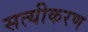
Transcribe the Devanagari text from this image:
सत्यीकरण